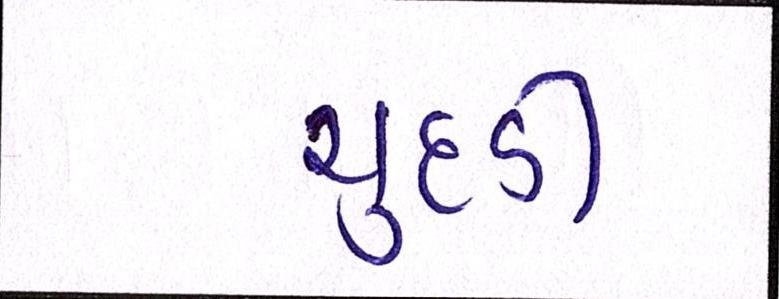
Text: ચુદડી